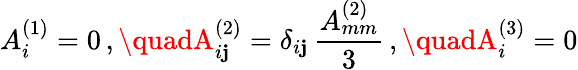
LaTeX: A_{i}^{(1)}=0\, ,\quadA_{i\mathbf{j}}^{(2)}=\delta_{i\mathbf{j}}\, \frac{{A_{mm}^{(2)}}}{{3}}\, ,\quadA_{i}^{(3)}=0